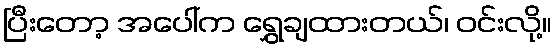
ပြီးတော့ အပေါ်က ရွှေချထားတယ်၊ ဝင်းလို့။